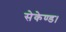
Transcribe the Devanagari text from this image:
सेकेण्ड।